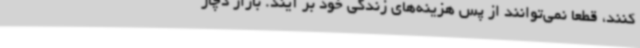
کنند، قطعا نمی‌توانند از پس هزینه‌های زندگی خود بر آیند. بازار دچار